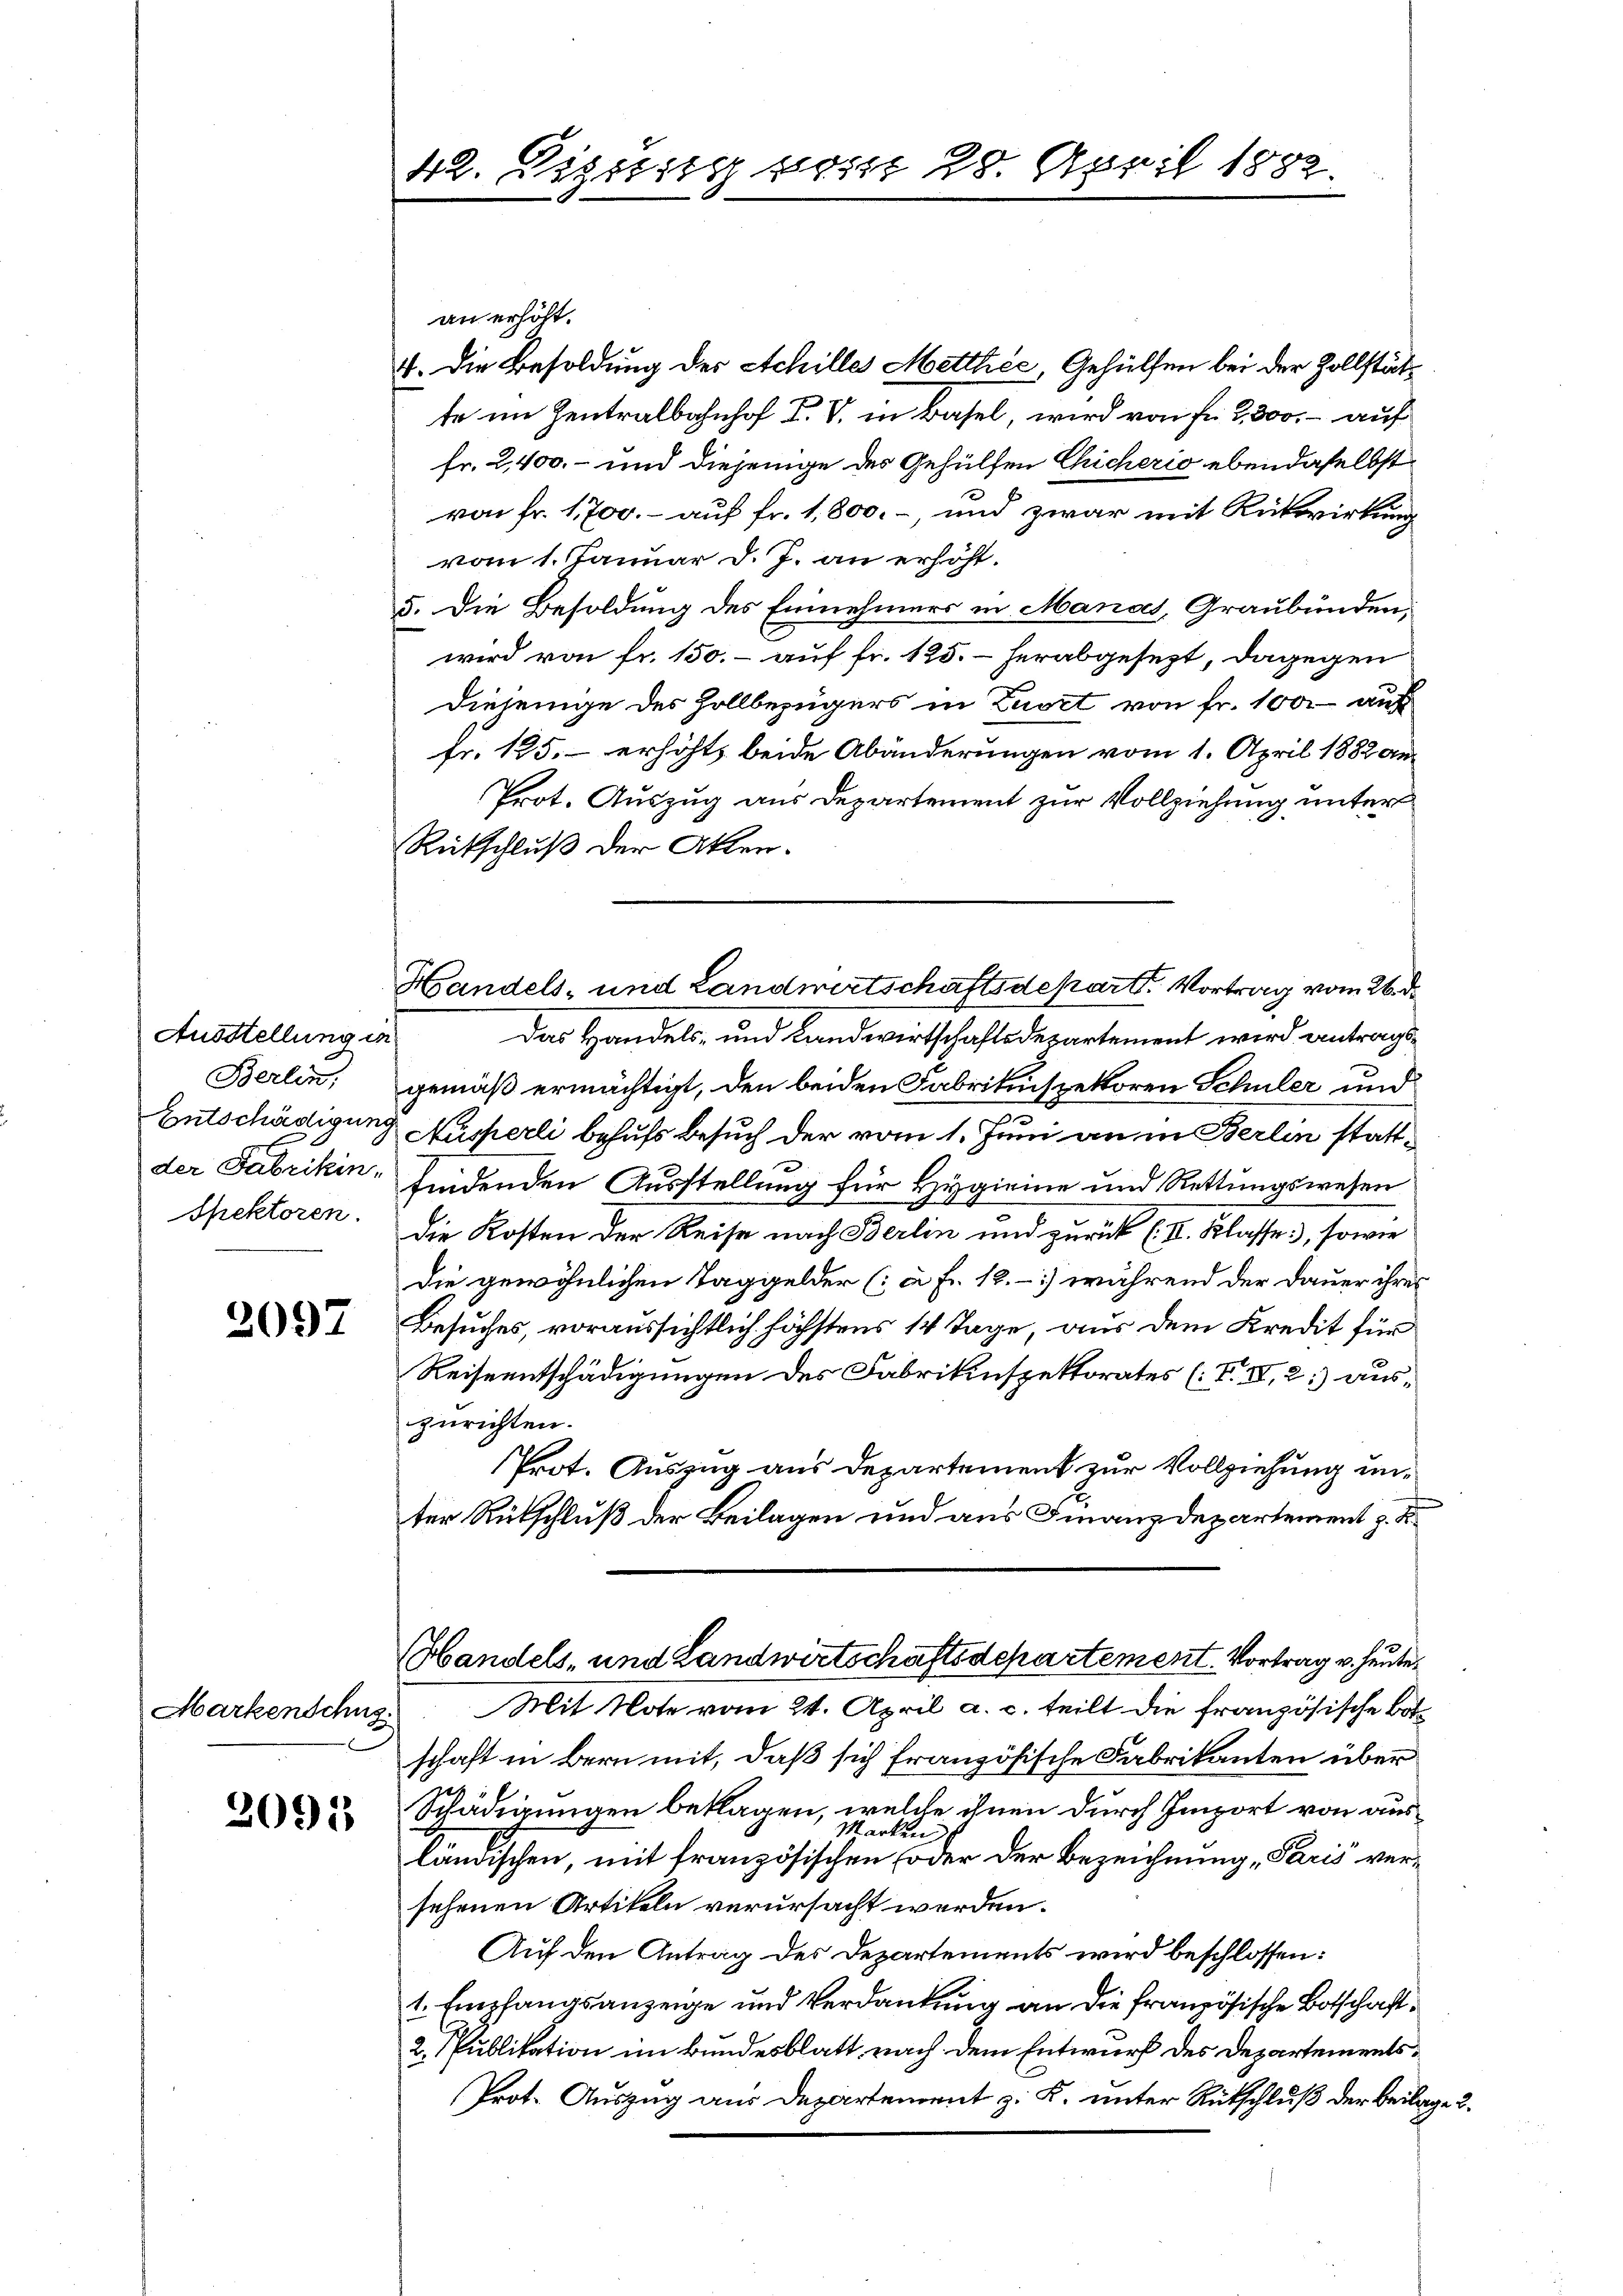
Ausstellung in
Berlin,
Entschädigung
der Fabrikin¬
Spektoren.

2097

Markenschus

2091

42. Lipsi po

an erhöht.
4. Die Besoldung der Achilles Mettliée, Gehülfen bei der Zollstätte im Zentralbahnhof I. V. in Basel, wird von Fr. 2800.- auf
Fr. 2,400, – und diejenige des Gehülfen Chicherio ebendaselbst
von Fr. 1,700.- auf fr. 1,800. – und zwar mit Rückwirkung
vom 1. Januar d. J. an erhöht.
5. Die Besoldung des Einnehmers in Manat, Graubünden,
wird von fr. 150.- auf fr. 125. herabgesezt, dagegen
Diejenige des Zollbezügers in Zuort von Fr. 1000 auf
fr. 125. erhöht, beide Abänderungen vom 1. April 1882 an¬
Prot. Auszug aus Departement zur Vollziehung unter
Rütschluß der Akten.
Das Handels- und Landwirtschaftsdepartement wird antragsgemäß ermächtigt, den beiden Fabrikinspektoren Schuler und
Nusperli behufs Besuch der vom 1. Juni an in Berlin stattfindenden Ausstellung für Hygieine und Rettungswesen
die Kosten der Reise nach Berlin und zurück (II. Klasse, sowie
die gewöhnlichen Taggelder (: à Fr. 18.) während der Dauer ihres
Besuches, voraussichtlich höchstens 14 Tage, aus dem Kredit für
Reiseentschädigungen des Fabrikinspektorates (III, 2.) auszurichten.
Prot. Auszug aus Departement zur Vollziehung unter Rückschluß der Beilagen und aus Finanzdepartement z. B.
Handels- und Landwirtschaftsdepartement. Vortrag v. heute¬
Mit Note vom 21. April a. c. teilt die französische Botschaft in Bern mit, daß sich französische Fabrikanten über
Schädigungen beklagen, welche ihnen durch Import von aus¬
Marken.
ländischen, mit französischen (oder der Bezeichnung Paris versehenen Artikeln verursacht werden.
Auf den Antrag des Departements wird beschlossen:
1. Empfangsanzeige und Verdankung an die französische Botschaft
2. Publikation im Bundesblatt, nach dem Entwurf des Departements¬
Prot. Auszug aus Departement z. K. unter Rutschluß der Beilag

29. April 1882.

Handels- und Landwirtschaftsdepart. Vortrag vom 26. d.